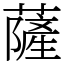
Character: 薩